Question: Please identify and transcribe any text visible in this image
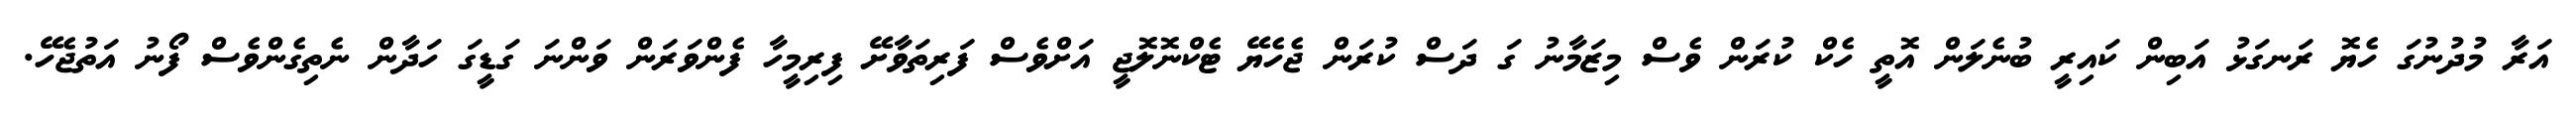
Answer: އަރާ މުދުނުގަ ހެޔޮ ރަނގަޅު އަބިން ކައިރީ ބުނެލަން އޮތީ ހެކް ކުރަން ވެސް މިޒަމާނު ގަ ދަސް ކުރަން ޖެހެޔޭ ޓެކްނޮލޮޖީ އަށްވެސް ފަރިތަވާށޭ ފިރިމީހާ ފެންވަރަން ވަންނަ ގަޑީގަ ހަދާން ނެތިގެންވެސް ފޯނު އަތުޖެހޭ.